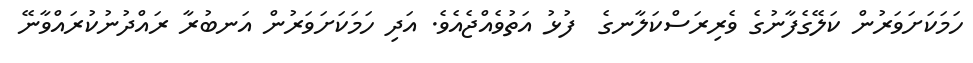
ހަމަކަށަވަރުން ކަލޭގެފާނުގެ ވެރިރަސްކަލާނގެ  ފުޅު އަތުވެއްޖެއެވެ. އަދި ހަމަކަށަވަރުން އަނބުރާ ރައްދުނުކުރައްވާނޭ